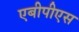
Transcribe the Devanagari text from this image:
एबीपीएस